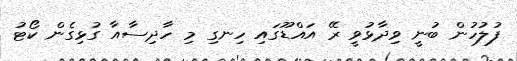
ފުލުހުން ބުނީ ވިދާޅުވީ ރޭ އައްޑޫގައި ހިނގި މި ހާދިސާއާ ގުޅިގެން ކޯޓު